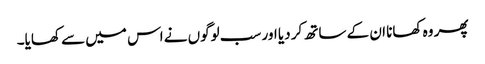
پھر وہ کھانا ان کے ساتھ کر دیا اور سب لوگوں نے اس میں سے کھایا۔